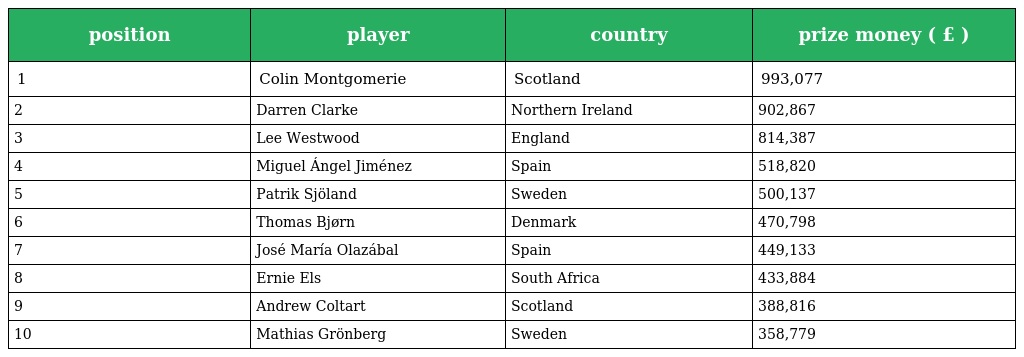
| position | player | country | prize money ( £ ) |
 | --- | --- | --- | --- |
 | 1 | Colin Montgomerie | Scotland | 993,077 |
 | 2 | Darren Clarke | Northern Ireland | 902,867 |
 | 3 | Lee Westwood | England | 814,387 |
 | 4 | Miguel Ángel Jiménez | Spain | 518,820 |
 | 5 | Patrik Sjöland | Sweden | 500,137 |
 | 6 | Thomas Bjørn | Denmark | 470,798 |
 | 7 | José María Olazábal | Spain | 449,133 |
 | 8 | Ernie Els | South Africa | 433,884 |
 | 9 | Andrew Coltart | Scotland | 388,816 |
 | 10 | Mathias Grönberg | Sweden | 358,779 |